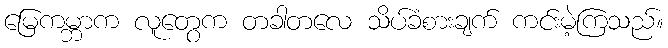
မြေကမ္ဘာက လူတွေက တခါတလေ သိပ်ခံစားချက် ကင်းမဲ့ကြသည်။